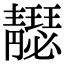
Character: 𩇣